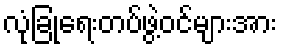
လုံခြုံရေးတပ်ဖွဲ့ဝင်များအား